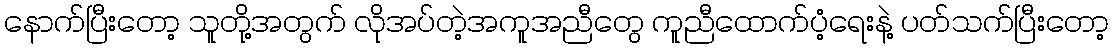
နောက်ပြီးတော့ သူတို့အတွက် လိုအပ်တဲ့အကူအညီတွေ ကူညီထောက်ပံ့ရေးနဲ့ ပတ်သက်ပြီးတော့